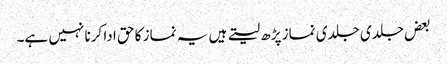
بعض جلدی جلدی نماز پڑھ لیتے ہیں یہ نماز کا حق ادا کرنا نہیں ہے۔